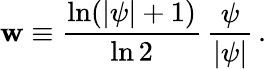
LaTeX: \mathbf{w}\equiv\frac{{\ln(|\psi|+1)}}{{\ln2}}\, \frac{{\psi}}{{|\psi|}}\, .